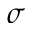
\sigma